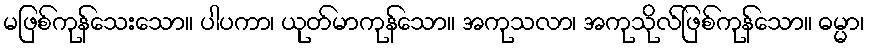
မဖြစ်ကုန်သေးသော။ ပါပကာ၊ ယုတ်မာကုန်သော။ အကုသလာ၊ အကုသိုလ်ဖြစ်ကုန်သော။ ဓမ္မာ၊